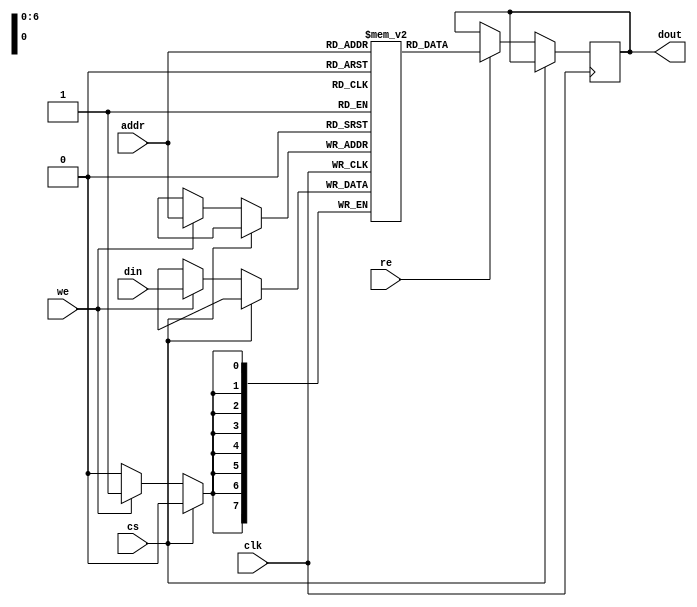
module io_blocks_cache_sram #(
    parameter WORD_SIZE = 8,      // Size of each word in bits
    parameter NUM_WORDS = 128      // Number of words in the SRAM (1KB = 128 * 8 bits)
)(
    input wire clk,                // Clock signal
    input wire cs,                 // Chip Select (active low)
    input wire we,                 // Write Enable
    input wire re,                 // Read Enable
    input wire [6:0] addr,         // Address (7 bits for 128 words)
    input wire [WORD_SIZE-1:0] din, // Data input
    output reg [WORD_SIZE-1:0] dout // Data output
);

    // Memory array declaration
    reg [WORD_SIZE-1:0] memory [0:NUM_WORDS-1];

    // Read and Write operations
    always @(posedge clk) begin
        if (!cs) begin // Active low chip select
            if (we) begin
                // Write operation
                memory[addr] <= din;
            end
            if (re) begin
                // Read operation
                dout <= memory[addr];
            end
        end
    end

endmodule